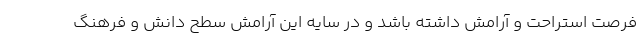
فرصت استراحت و آرامش داشته باشد و در سایه این آرامش سطح دانش و فرهنگ